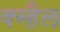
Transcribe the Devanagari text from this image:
क्म्हैल